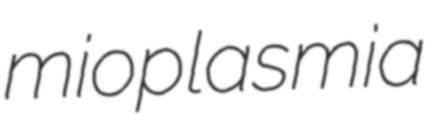
mioplasmia